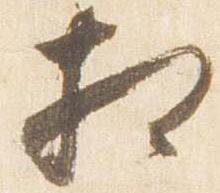
相